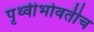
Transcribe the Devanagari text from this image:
पृथ्वीभोवतीच